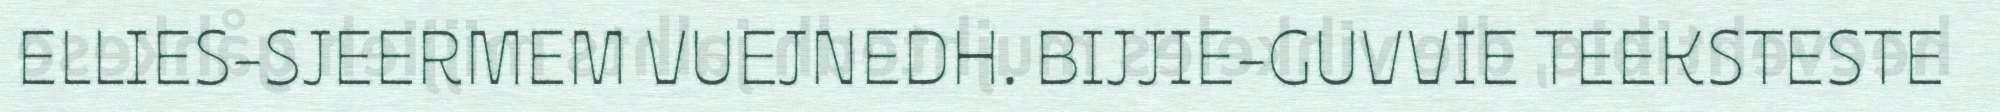
ELLIES-SJEERMEM VUEJNEDH. BIJJIE-GUVVIE TEEKSTESTE